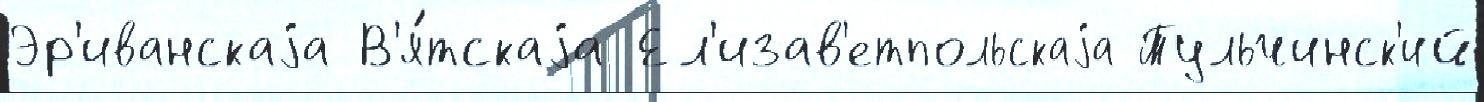
Эр'иванскаjа В'я́тскаjа Ел'изав'етпольскаjа Тульчинск'ий